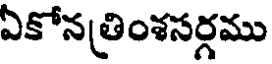
ఏకోన త్రింశసర్గము